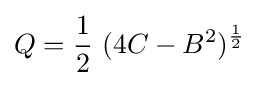
Q={\frac {1}{2}}\ (4C-B^{2})^{\frac {1}{2}}